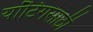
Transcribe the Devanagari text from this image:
यॉटिंगसाठी